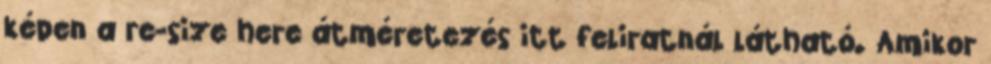
képen a re-size here átméretezés itt feliratnál látható. Amikor